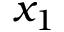
x _ { 1 }